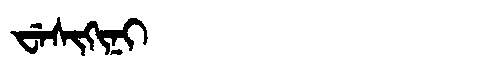
Manchu: ᠸᡝᠰᡳᡴᡳᠨᡳ
Romanization: WESIKINI